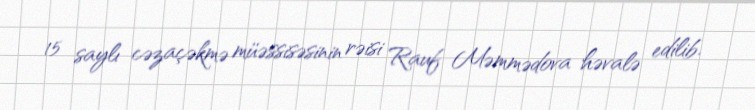
15 saylı cəzaçəkmə müəssisəsinin rəisi Rauf Məmmədova həvalə edilib.